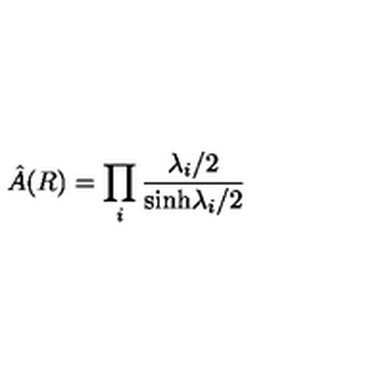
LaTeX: \hat { A } ( R ) = \prod _ { i } { \frac { \lambda _ { i } / 2 } { \mathrm { s i n h } \lambda _ { i } / 2 } }